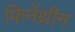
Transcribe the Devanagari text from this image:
फिनेंथ्रीन